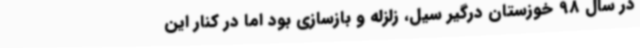
در سال 98 خوزستان درگیر سیل، زلزله و بازسازی بود اما در کنار این